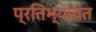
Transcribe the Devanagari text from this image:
प्रतिभ्यावंत